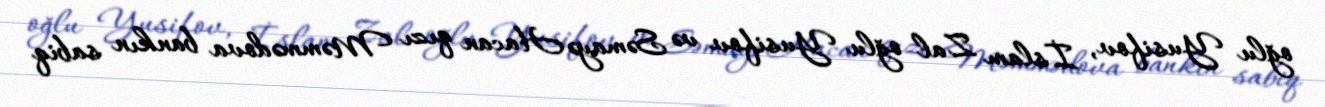
oğlu Yusifov, İslam Zal oğlu Yusifov və Səmayə Hacan qızı Məmmədova bankın sabiq